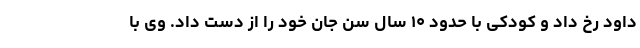
داود رخ داد و کودکی با حدود ۱۰ سال سن جان خود را از دست داد. وی با